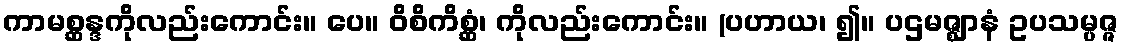
ကာမစ္ဆန္ဒကိုလည်းကောင်း။ ပေ။ ဝိစိကိစ္ဆံ၊ ကိုလည်းကောင်း။ (ပဟာယ၊ ၍။ ပဌမဇ္ဈာနံ ဥပသမ္ပဇ္ဇ